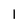
Character: l